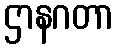
ဌာနဂတာ